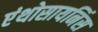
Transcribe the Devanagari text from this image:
एंथोसायनिंस